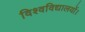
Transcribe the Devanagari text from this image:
विश्वविद्यालयों।